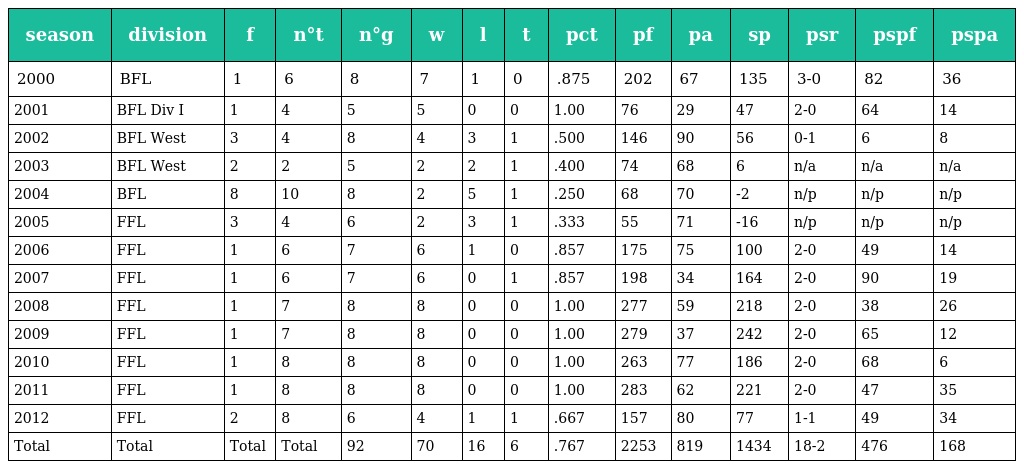
| season | division | f | n°t | n°g | w | l | t | pct | pf | pa | sp | psr | pspf | pspa |
 | --- | --- | --- | --- | --- | --- | --- | --- | --- | --- | --- | --- | --- | --- | --- |
 | 2000 | BFL | 1 | 6 | 8 | 7 | 1 | 0 | .875 | 202 | 67 | 135 | 3-0 | 82 | 36 |
 | 2001 | BFL Div I | 1 | 4 | 5 | 5 | 0 | 0 | 1.00 | 76 | 29 | 47 | 2-0 | 64 | 14 |
 | 2002 | BFL West | 3 | 4 | 8 | 4 | 3 | 1 | .500 | 146 | 90 | 56 | 0-1 | 6 | 8 |
 | 2003 | BFL West | 2 | 2 | 5 | 2 | 2 | 1 | .400 | 74 | 68 | 6 | n/a | n/a | n/a |
 | 2004 | BFL | 8 | 10 | 8 | 2 | 5 | 1 | .250 | 68 | 70 | -2 | n/p | n/p | n/p |
 | 2005 | FFL | 3 | 4 | 6 | 2 | 3 | 1 | .333 | 55 | 71 | -16 | n/p | n/p | n/p |
 | 2006 | FFL | 1 | 6 | 7 | 6 | 1 | 0 | .857 | 175 | 75 | 100 | 2-0 | 49 | 14 |
 | 2007 | FFL | 1 | 6 | 7 | 6 | 0 | 1 | .857 | 198 | 34 | 164 | 2-0 | 90 | 19 |
 | 2008 | FFL | 1 | 7 | 8 | 8 | 0 | 0 | 1.00 | 277 | 59 | 218 | 2-0 | 38 | 26 |
 | 2009 | FFL | 1 | 7 | 8 | 8 | 0 | 0 | 1.00 | 279 | 37 | 242 | 2-0 | 65 | 12 |
 | 2010 | FFL | 1 | 8 | 8 | 8 | 0 | 0 | 1.00 | 263 | 77 | 186 | 2-0 | 68 | 6 |
 | 2011 | FFL | 1 | 8 | 8 | 8 | 0 | 0 | 1.00 | 283 | 62 | 221 | 2-0 | 47 | 35 |
 | 2012 | FFL | 2 | 8 | 6 | 4 | 1 | 1 | .667 | 157 | 80 | 77 | 1-1 | 49 | 34 |
 | Total | Total | Total | Total | 92 | 70 | 16 | 6 | .767 | 2253 | 819 | 1434 | 18-2 | 476 | 168 |